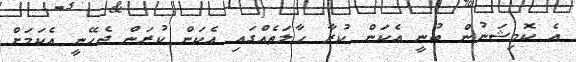
އެ ކޮމިޝަނުން ބުނީ އެކަން ކުރާ ހާލަތެއްގައި އެކަން ކުރަން ޖެހޭނީ އެކަމަށް